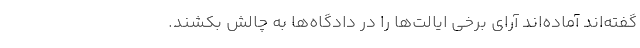
گفته‌اند آماده‌اند آرای برخی ایالت‌ها را در دادگاه‌ها به چالش بکشند.